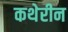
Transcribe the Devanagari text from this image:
कथेरीन